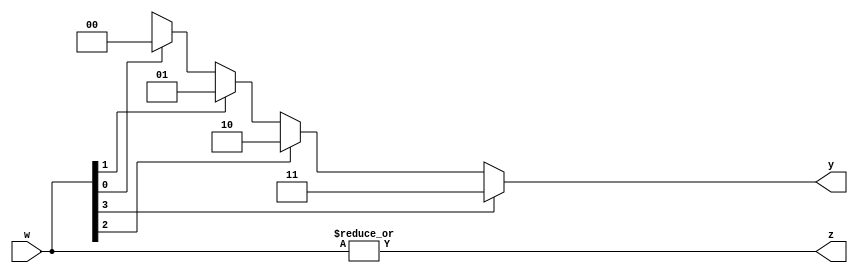
`timescale 1ns / 1ps
//////////////////////////////////////////////////////////////////////////////////
// Company: 
// Engineer: 
// 
// Design Name: 
// Module Name: priority_encoder_generic
// Project Name: 
// Target Devices: 
// Tool Versions: 
// Description: 
// 
// Dependencies: 
// 
// Revision:
// Revision 0.01 - File Created
// Additional Comments:
// 
//////////////////////////////////////////////////////////////////////////////////


module priority_encoder_generic
    #(parameter N = 4) //4x2 priority encoder by default
    (
        input [N-1:0] w,
        output z,
        output reg [$clog2(N)-1:0] y //number of outputs is based on the number of inputs
    );
    
    assign z = |w; //reduction operator: OR'ing every bit of w to see if we get z as 1
    //z is like a flag, it is high if any bit of w is 1 and 0 if there is no bit of w as 1
    
    integer k; //when you have a variable in an alwaays and a for loop without a generate
    always@(w)
    begin
        y = 'bx; //default value
        
        for(k = 0; k <N; k = k+1)
            if (w[k])
                y = k;       
    end
    
endmodule